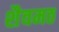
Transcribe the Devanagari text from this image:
शैवमठ